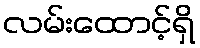
လမ်းထောင့်ရှိ